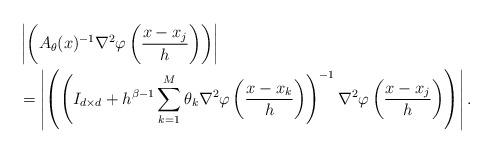
LaTeX: \begin{align*}&\left| \left( A_\theta(x)^{-1} \nabla^2 \varphi \left(\frac{x - x_j}h \right) \right) \right|\\&= \left| \left( \left( I_{d\times d} + h^{\beta - 1} \sum\limits_{k=1}^M \theta_k \nabla^2 \varphi \left(\frac{x - x_k}h \right) \right)^{-1} \nabla^2 \varphi \left(\frac{x - x_j}h \right) \right) \right|.\end{align*}